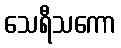
သေရီသကော